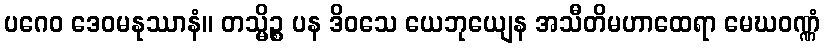
ပဂေဝ ဒေဝမနုဿာနံ။ တသ္မိဉ္စ ပန ဒိဝသေ ယေဘုယျေန အသီတိမဟာထေရာ မေဃဝဏ္ဏံ